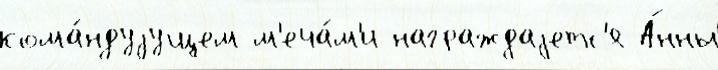
кома́ндуjущем м'еча́м'и награждаjетс'я А́нны